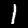
Label: 1